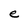
Character: e